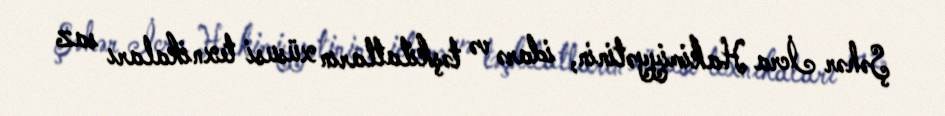
Şəhər İcra Hakimiyyətinin, idarə və təşkilatların xüsusi texnikaları saz